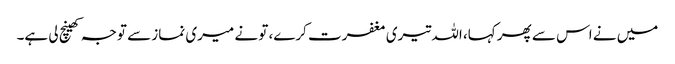
میں نے اس سے پھر کہا، اللہ تیری مغفرت کرے، تو نے میری نماز سے توجہ کھینچ لی ہے۔